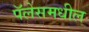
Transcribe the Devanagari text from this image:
पॅलेसमधील